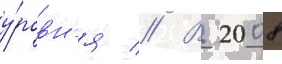
у́ровн'я // В 2008